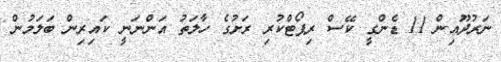
ނަރުދޫއިން 11 ޑެންގީ ކޭސް ރިޕޯޓްކުރި ރަށުގެ ހާލަތު އަންނަނީ ކައިރިން ބަލަމުން